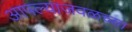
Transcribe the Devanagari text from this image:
आपल्याजवळच्या